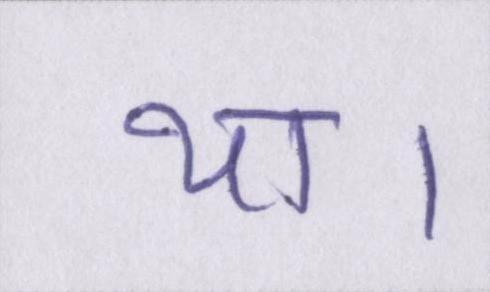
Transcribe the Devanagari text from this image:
था।